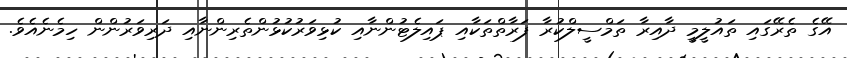
އޭގެ ތެރޭގައި ތައުލީމީ ދާއިރާ ތަމްސީލްކުރާ ފަރާތްތަކާއި ޕައިލެޓުންނާއި ކުޅިވަރުކުޅުންތެރިންނާއި ދަރިވަރުންން ހިމެނެއެވެ.